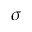
\sigma